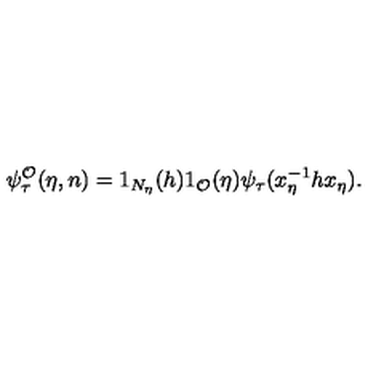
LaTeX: \psi _ { \tau } ^ { \mathcal { O } } ( \eta , n ) = 1 _ { N _ { \eta } } ( h ) 1 _ { \mathcal { O } } ( \eta ) \psi _ { \tau } ( x _ { \eta } ^ { - 1 } h x _ { \eta } ) .